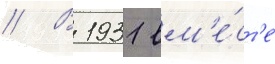
// В 1931 вм'е́ст'е